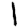
Digit: 1